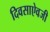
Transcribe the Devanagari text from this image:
दिवसाऐवजी